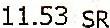
11.53 SR